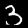
Label: 3